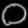
Digit: ၀